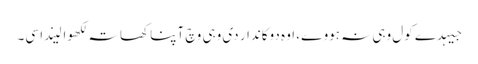
جیہدے کول وہی نہ ہووے، اوہ دوکاندار دی وہی وچ آپنا کھاتہ لکھوا لیندا سی۔